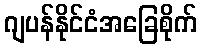
ဂျပန်နိုင်ငံအခြေစိုက်